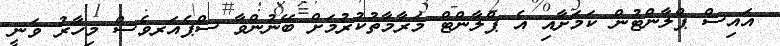
އައިސް ޕްލާންޓުން ކަމަށާއި އެ ޕްލާންޓް މަރާމާތުކުރުމަށް ބޭނުންވާ ސްޕެއަރވެސް މިހާރު ވަނީ